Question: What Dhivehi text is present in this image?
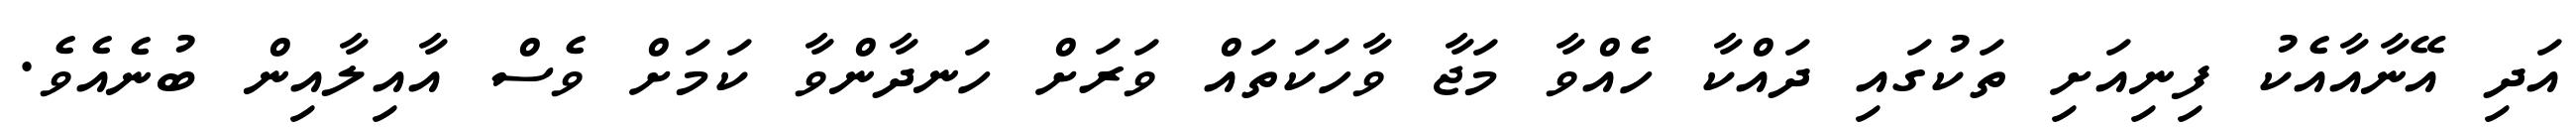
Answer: އަދި އޭނާއާއެކު ފިނިއަށި ތަކުގައި ދައްކާ ހެއްވާ މަޖާ ވާހަކަތައް ވަރަށް ހަނދާންވާ ކަމަށް ވެސް އާއިލާއިން ބުނެއެވެ.